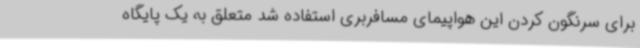
برای سرنگون کردن این هواپیمای مسافربری استفاده شد متعلق به یک پایگاه